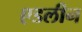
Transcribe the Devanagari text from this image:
एडलीन